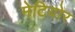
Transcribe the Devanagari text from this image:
मेटियोर